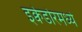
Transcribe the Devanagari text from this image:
इक्वेडोरमध्ये